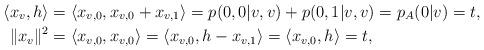
LaTeX: \begin{align*}\langle x_v,h \rangle &= \langle x_{v,0},x_{v,0}+x_{v,1} \rangle = p(0,0|v,v)+p(0,1|v,v) = p_A(0|v) = t, \\\|x_v\|^2 &= \langle x_{v,0},x_{v,0} \rangle = \langle x_{v,0},h-x_{v,1} \rangle = \langle x_{v,0},h \rangle = t,\end{align*}